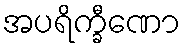
အပရိက္ခီဏော